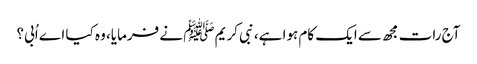
آج رات مجھ سے ایک کام ہوا ہے، نبی کریم ﷺ نے فرمایا، وہ کیا اے اُبی؟